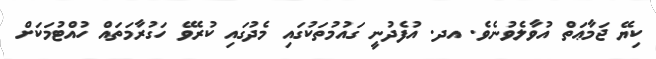
ކިޔޭ ޖަމާޢަތް އުވާލެވުނެވެ. އދ. އުފެދުނީ ގައުމުތަކުގައި މެދުގައި ކުރެވޭ ހަގުރާމަތައް ހުއްޓުމަކަށް